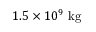
1 . 5 \times 1 0 ^ { 9 } ~ \mathrm { k g }